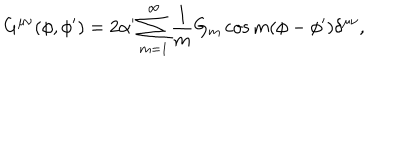
LaTeX: G ^ { \mu \nu } ( \phi , \phi ^ { \prime } ) = 2 \alpha ^ { \prime } \sum _ { m = 1 } ^ { \infty } \frac { 1 } { m } G _ { m } \cos m ( \phi - \phi ^ { \prime } ) \delta ^ { \mu \nu } ,